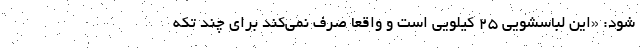
شود: «این لباسشویی ۲۵ کیلویی است و واقعاً صرف نمی‌کند برای چند تکه